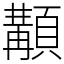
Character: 顜